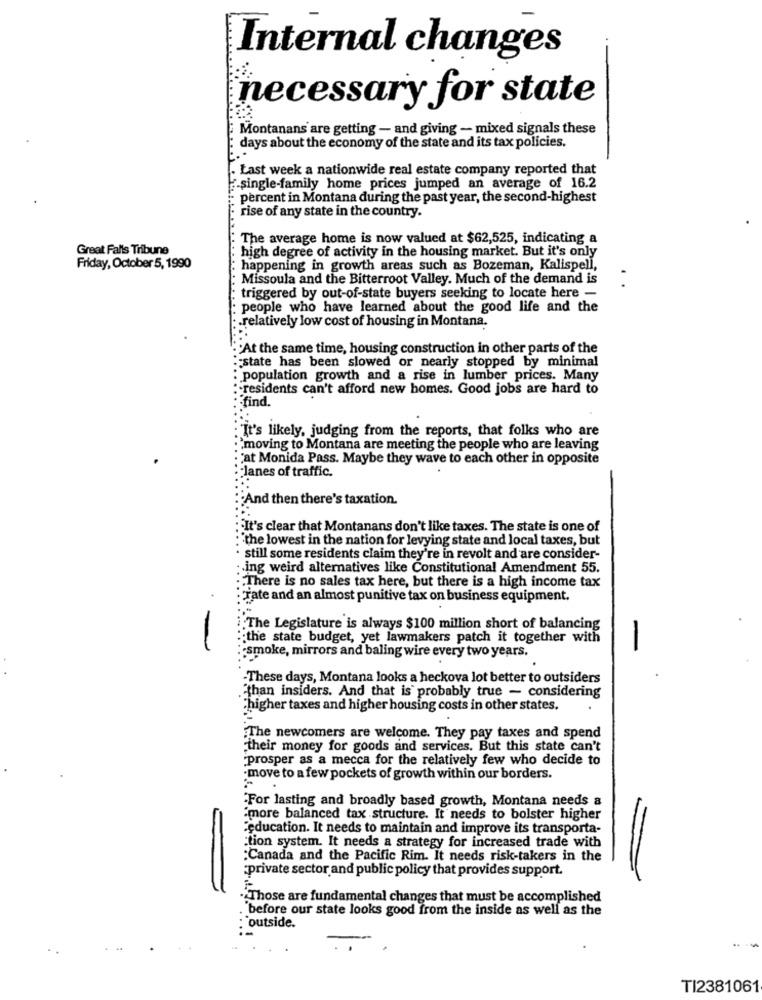
Internal changes
necessary for state
Montanans are getting - and giving - mixed signals these
days about the economy of the state and its tax policies.
Last week a nationwide real estate company reported that
2-single-family home prices jumped an average of 16.2
percent in Montana during the past year, the second-highest
rise of any state in the country.
The average home is now valued at $62,525, indicating a
Great Falls Tribune
high degree of activity in the housing market. But it's only
Friday, October 5, 1990
happening in growth areas such as Bozeman, Kalispell,
Missoula and the Bitterroot Valley. Much of the demand is
triggered by out-of-state buyers seeking to locate here -
people who have learned about the good life and the
.relatively low cost of housing in Montana.
"At the same time, housing construction in other parts of the
:: state has been slowed or nearly stopped by minimal
population growth and a rise in lumber prices. Many
:- residents can't afford new homes. Good jobs are hard to
find.
It's likely, judging from the reports, that folks who are
`moving to Montana are meeting the people who are leaving
Fat Monida Pass. Maybe they wave to each other in opposite
lanes of traffic.
And then there's taxation.
"It's clear that Montanans don't like taxes. The state is one of
:"the lowest in the nation for levying state and local taxes, but
still some residents claim they're in revolt and are consider-
.ing weird alternatives like Constitutional Amendment 55.
There is no sales tax here, but there is a high income tax
rate and an almost punitive tax on business equipment.
i. The Legislature is always $100 million short of balancing
:; the state budget, yet lawmakers patch it together with
-
:: smoke, mirrors and baling wire every two years.
-These days, Montana looks a heckova lot better to outsiders
than insiders. And that is probably true - considering
Chigher taxes and higher housing costs in other states.
The newcomers are welcome. They pay taxes and spend
Ftheir money for goods and services. But this state can't
prosper as a mecca for the relatively few who decide to
-move to a few pockets of growth within our borders.
"For lasting and broadly based growth, Montana needs a
"more balanced tax structure. It needs to bolster higher
"education. It needs to maintain and improve its transporta-
:tion system. It needs a strategy for increased trade with
:Canada and the Pacific Rim. It needs risk-takers in the
private sector and public policy that provides support.
.Those are fundamental changes that must be accomplished
. before our state looks good from the inside as well as the
: outside.
TI2381061